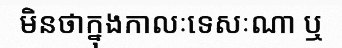
មិនថាក្នុងកាលៈទេសៈណា ឬ